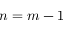
n = m - 1